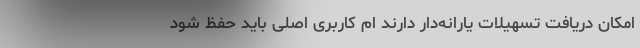
امکان دریافت تسهیلات یارانه‌دار دارند ام کاربری اصلی باید حفظ شود